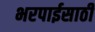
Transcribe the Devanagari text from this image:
भरपाईसाठी